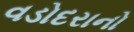
વડોદરાનો